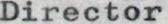
Director